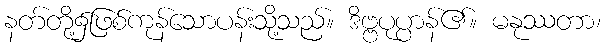
နတ်တို့၌ဖြစ်ကုန်သောပန်းသို့သည်။ ဒိဗ္ဗပုပ္ပာန်၏။ မနုဿတာ၊